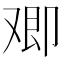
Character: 𪠂